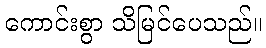
ကောင်းစွာ သိမြင်ပေသည်။